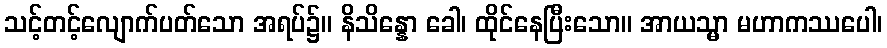
သင့်တင့်လျောက်ပတ်သော အရပ်၌။ နိသိန္နော ခေါ၊ ထိုင်နေပြီးသော။ အာယသ္မာ မဟာကဿပေါ၊